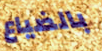
بالضياع